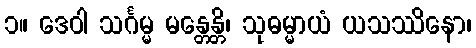
၁။ ဒေဝါ သင်္ဂမ္မ မန္တေန္တိ၊ သုဓမ္မာယံ ယသဿိနော၊